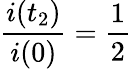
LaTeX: \frac{i(t_{2})}{i(0)}=\frac{1}{2}